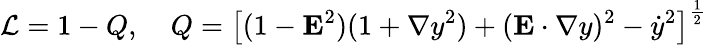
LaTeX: {\cal L}=1-Q,\; \; \: \; Q=\left[(1-{\mathbf E}^{2})(1+{\mathbf\nabla}y^{2})+({\mathbf E}\cdot{\mathbf\nabla}y)^{2}-{\dot{y}}^{2}\right]^{\frac{1}{2}}